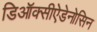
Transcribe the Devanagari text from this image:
डिऑक्सीऐडेनोसिन